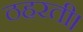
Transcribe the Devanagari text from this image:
ठहरती।